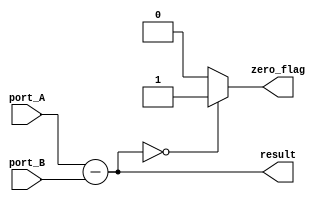
module rest #(parameter DATA_WIDTH = 8)(
	//inputs
	input signed [(DATA_WIDTH-1) : 0] port_A,
	input signed [(DATA_WIDTH-1) : 0] port_B,
	//outputs
	output signed [(DATA_WIDTH) : 0] result,
	
	output zero_flag
);

assign result = port_A - port_B; 

assign zero_flag = (result==0)? 1'b1 : 1'b0;

endmodule